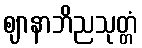
ဈာနာဘိညသုတ္တံ